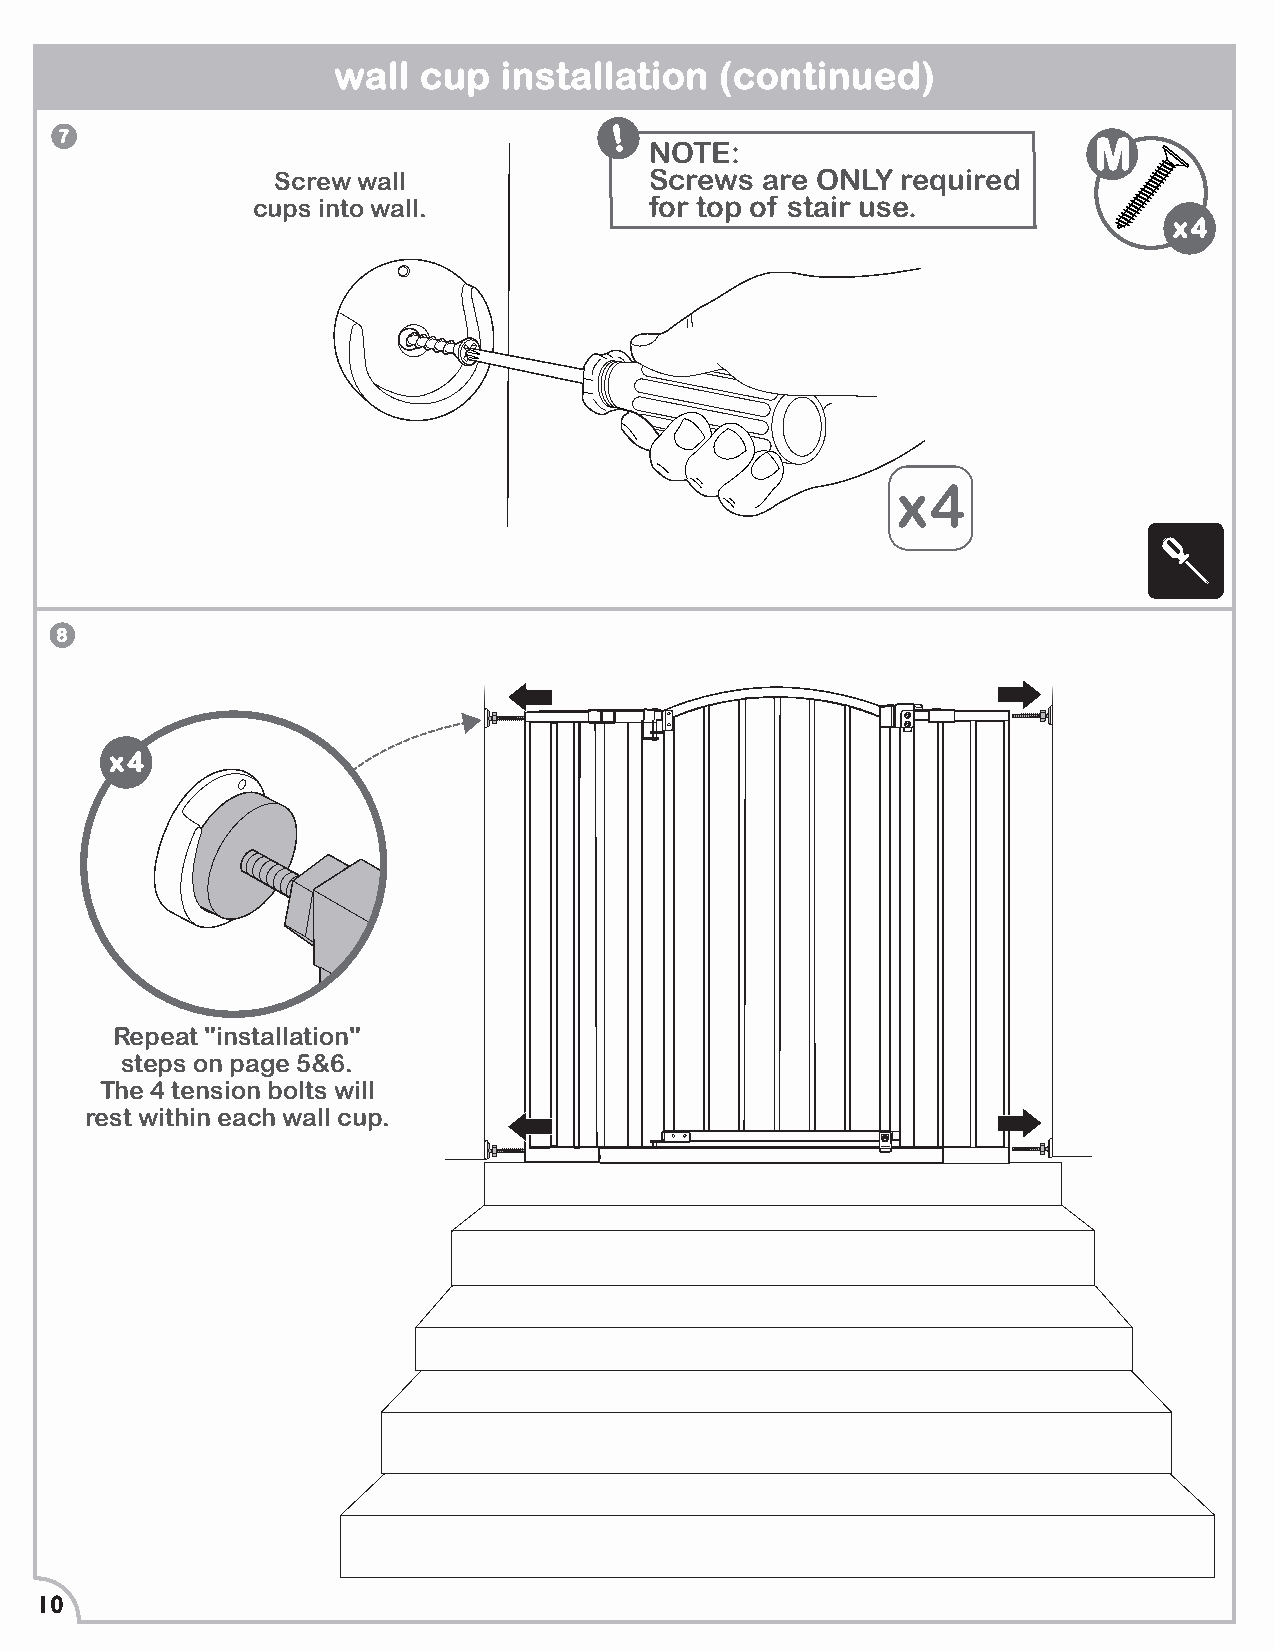
wall  cup  installation   (continued)
 7                                    !
 NOTE:                        M
 Screw wall               Screws are ONLY  required
 cups into wall.           for top of stair use.
 x4
 x4
 8
 x4
 Repeat "installation"
 steps on page 5&6.
 The 4 tension bolts will
 rest within each wall cup.
 10